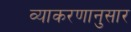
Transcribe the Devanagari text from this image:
व्याकरणानुसार